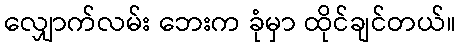
လျှောက်လမ်း ဘေးက ခုံမှာ ထိုင်ချင်တယ်။